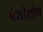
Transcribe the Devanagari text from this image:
पेशीशोष